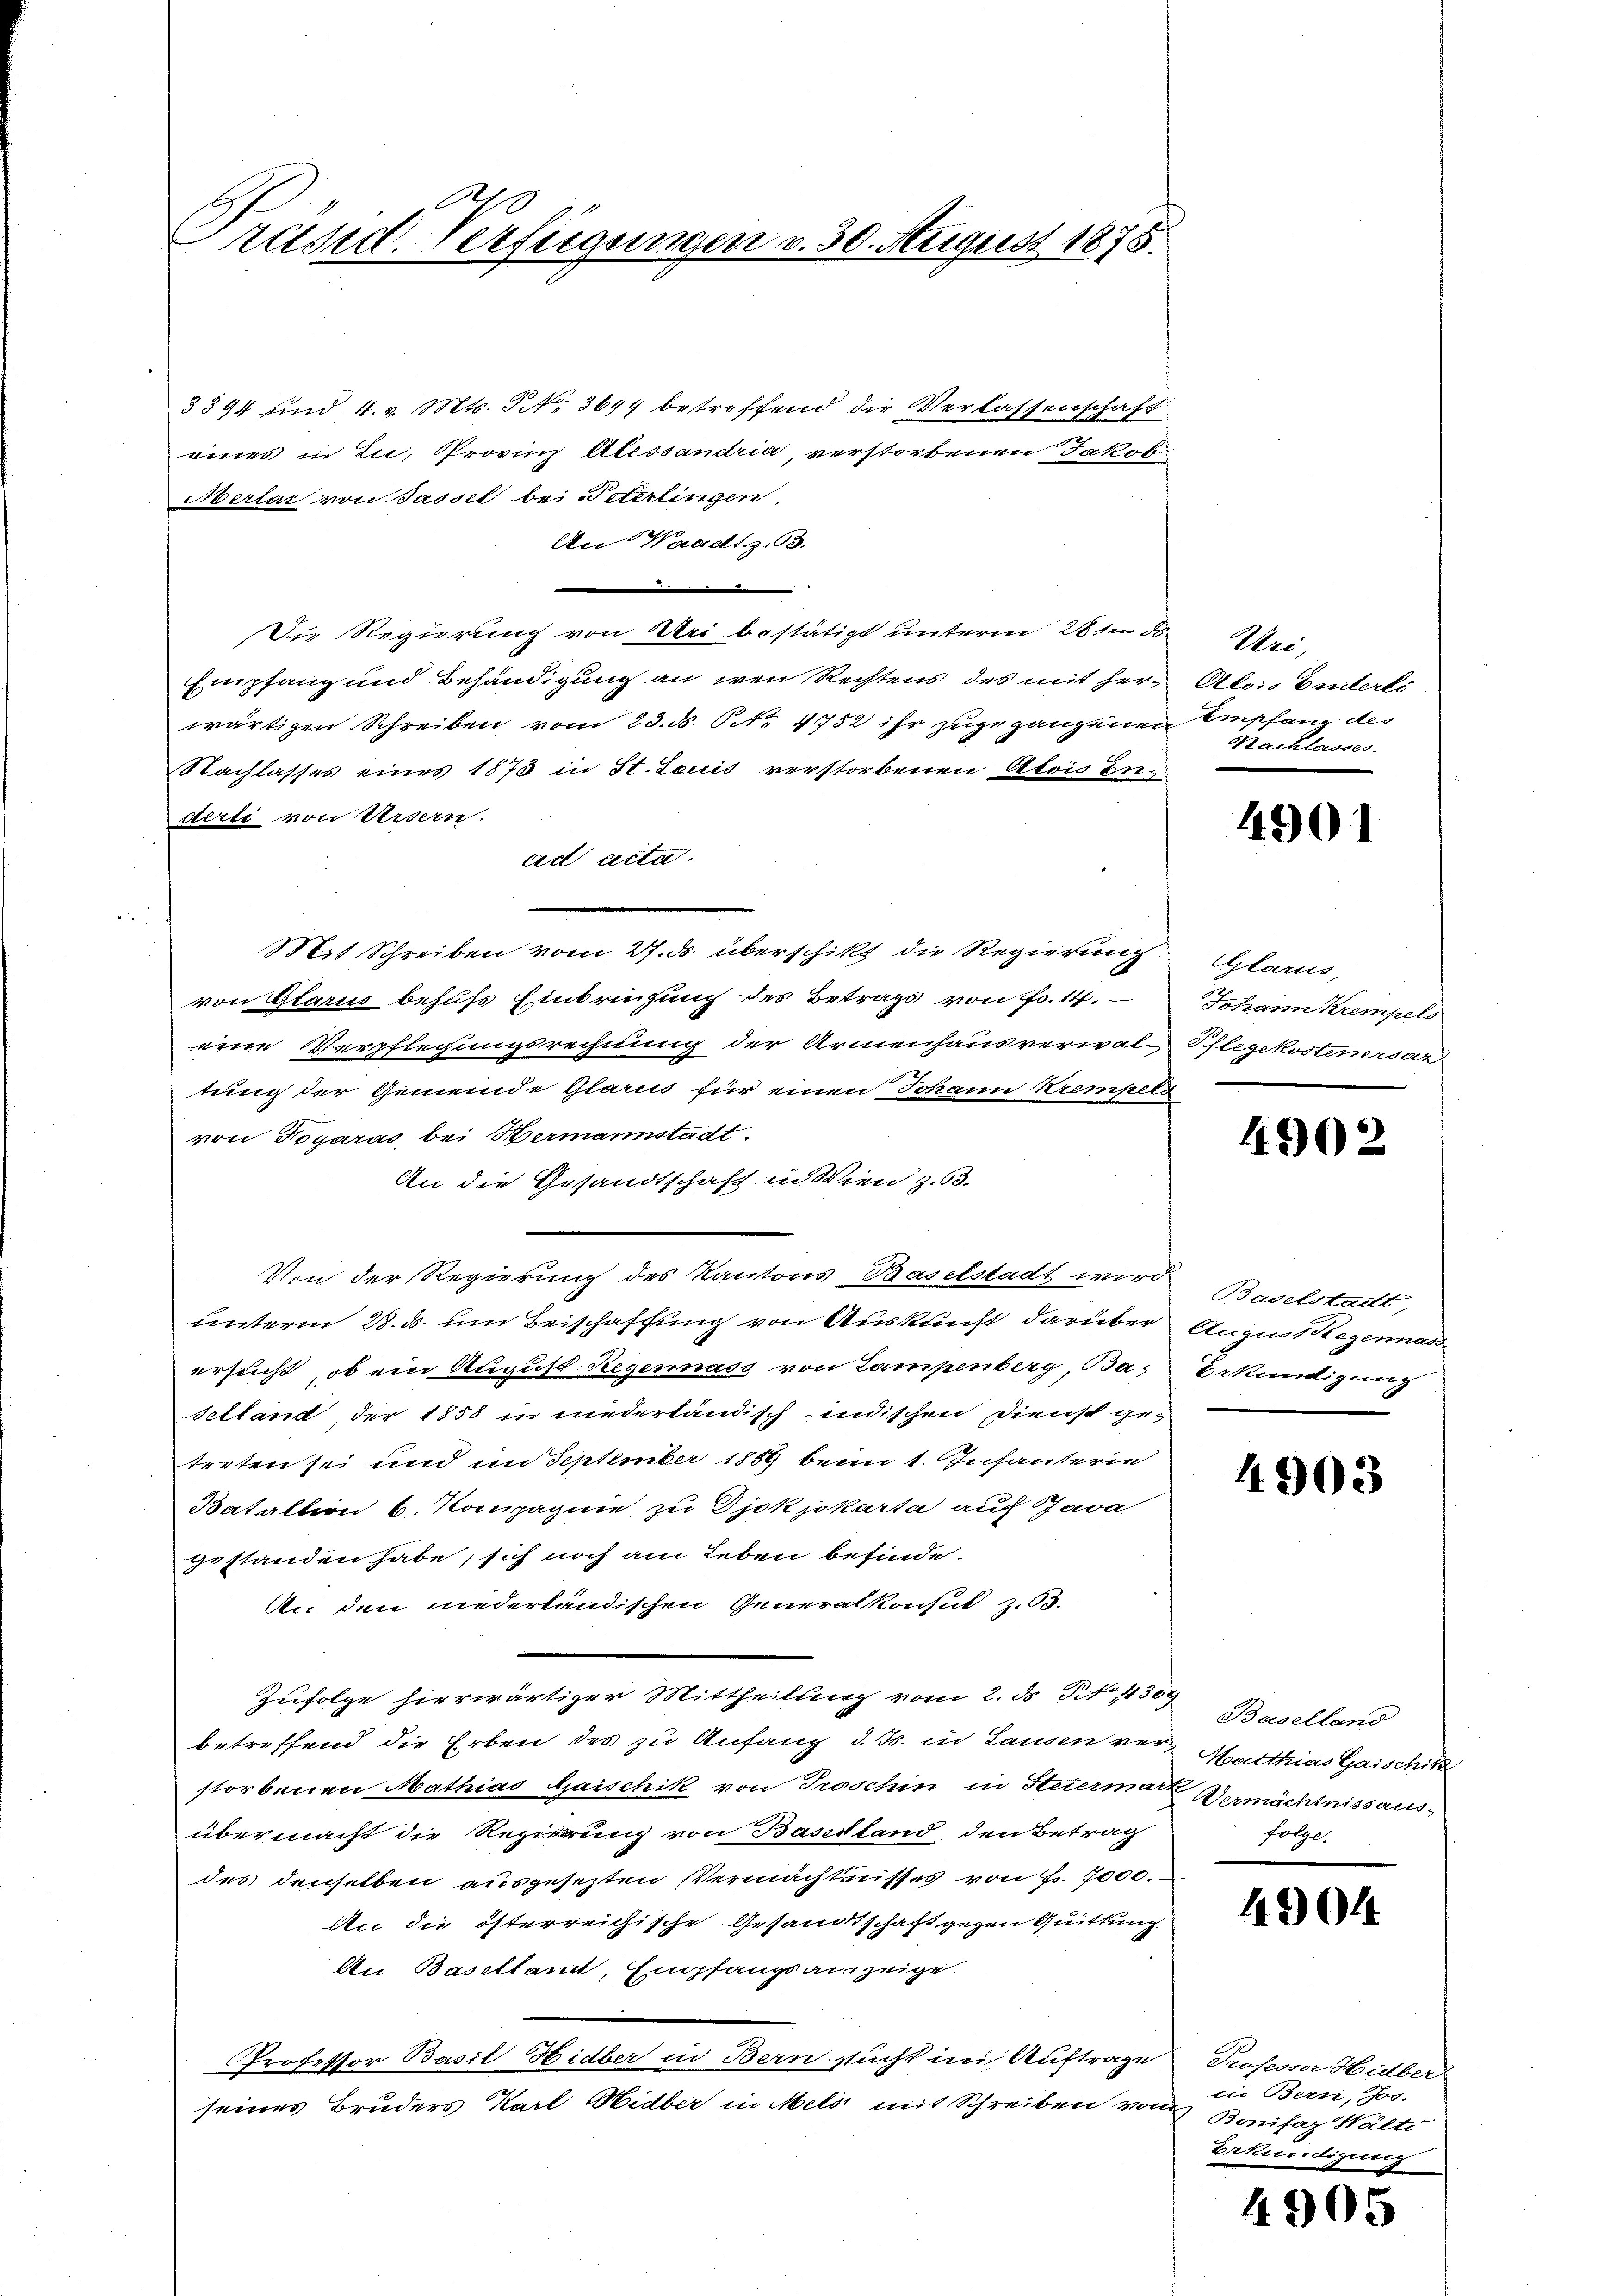
6
Präsid. Verfügungen v. 30. August 1875.

3394 sind 4. v. Mts. Nr. 3694 betreffend die Verlassenschaft
eines in Zu, Provinz Alessandria, verstorbenen Jakob
Oberlar von Sassel bei Peterlingen.
An Waadtz. 93.
.
Die Regierung von Uri bestätigt unterm 28 den ds Wei
Empfang und Behändigung an den Rechtens des mit her Alois Enterli
wärtigen Schreiben vom 23. ds. No. 4752 ihr zugegangenen Empfang des
Nachlasses eines 1875 in St. Louis verstorbenen Atois Enderli von Ursern.
ad acta.
Mit Schreiben vom 27. ds überschikt die Regierung
von Glarn behufs Einbringung des Betrags von Fr. 14.
eine Verpflegungsrechnung der Armenhausverwal-
tung der Gemeinde Glarus für einen Johann Krempels
von Toyaras bei Wermannstadt.
An die Gesandtschaft in Wien z. 63.
Von der Regierung des Kantons Baselstadt wird Baselstatt,
unterm 28. ds. um Beischaffung von Auskunft darüber August Regennas
ersucht, ob ein August Regennass von Lampenberg, Ba-
Selland der 1858 in niederländisch-indischen Dienst ge-
treten sei und im September 1859 beim 1. Infanterin
Bataltion b. Kompagnie zu Djokjokarta auf Java
gestanden habe, sich noch am Leben befinde.
An den niederländischen Generalkonsul z.63.
Zufolge hierwärtiger Mittheilung vom 2. d. J. No. 430
betreffend die Erben des zu Anfang d. Js. in Lausen ver Matthias Gaischik
storbenen Mathias Gaischik von Troschin in Steiermark
übermacht die Regierung von Basistand, den Betrag
des denselben ausgesezten Vermächtnisses von Fr. 7000.
An die österreichische Gesandtschaft gegen Quittung
An Baselland, Empfangsanzeige
Professor Basil Hidber in Bern sucht in Auftrage Professor Hilber
seines Bruders Karl Hidber in Melii mit Schreiben von Bonifaz Walte

Nachlasses.

4901

Glarus,
Johann Krempel
Phlegekostenersaz

4902

Erkündigung

4903

Baselland
Vermächtnissaus
folge.

4904

in Bern, Jos.
Erkundigung

4905